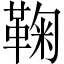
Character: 鞠